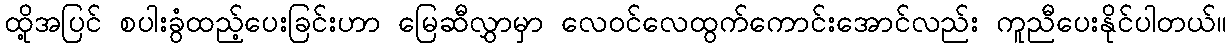
ထို့အပြင် စပါးခွံထည့်ပေးခြင်းဟာ မြေဆီလွှာမှာ လေဝင်လေထွက်ကောင်းအောင်လည်း ကူညီပေးနိုင်ပါတယ်။